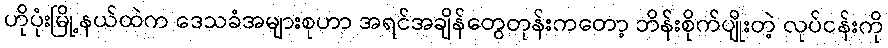
ဟိုပုံးမြို့နယ်ထဲက ဒေသခံအများစုဟာ အရင်အချိန်တွေတုန်းကတော့ ဘိန်းစိုက်ပျိုးတဲ့ လုပ်ငန်းကို